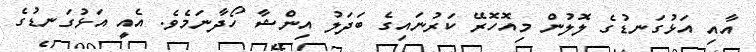
އާއި އަޅުގަނޑުގެ ލޮލުން މިއޮހޮރޭ ކަރުނައިގެ ބަދަލު އިންޝާ ހޯދާނަމެވެ. އެއީ އަޅުގަނޑުގެ